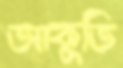
আকুতি